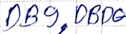
Text: DB9.DB0